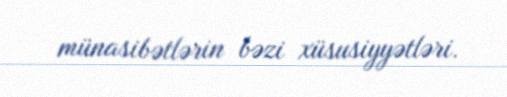
münasibətlərin bəzi xüsusiyyətləri.